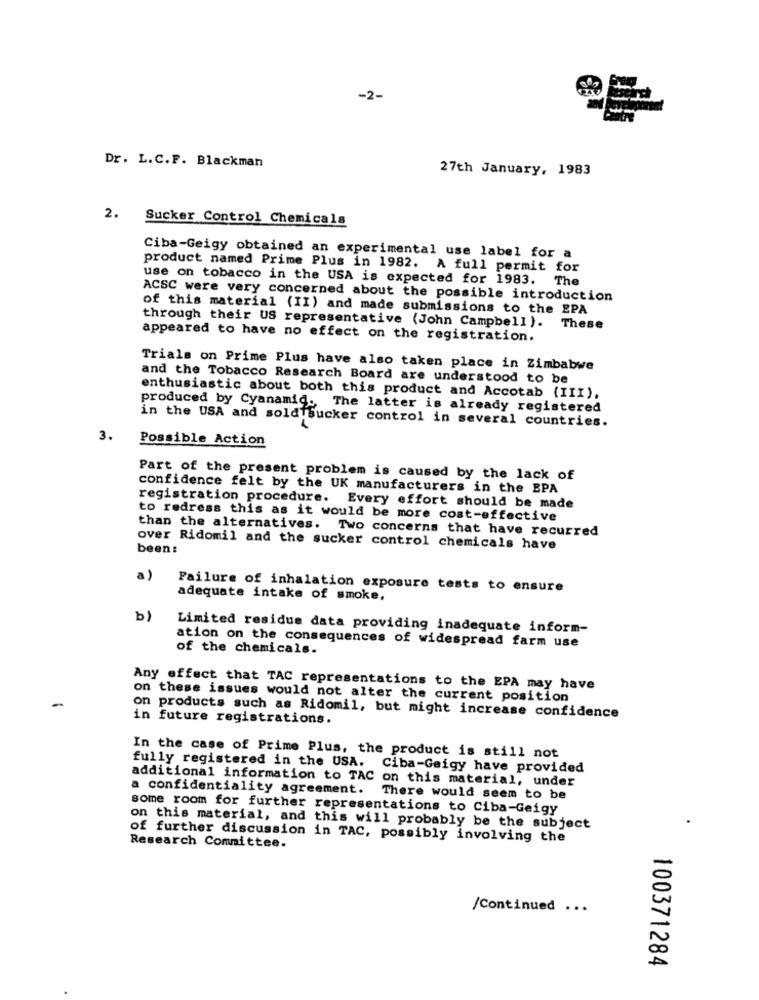
-2-
Dr. L.C.F. Blackman
27th January, 1983
2. Sucker Control Chemicals
Ciba-Geigy obtained an experimental use label for a
product named Prime Plus in 1982. A full permit for
use on tobacco in the USA is expected for 1983. The
ACSC were very concerned about the possible introduction
of this material (II) and made submissions to the EPA
through their US representative (John Campbell). These
appeared to have no effect on the registration.
Trials on Prime Plus have also taken place in Zimbabwe
and the Tobacco Research Board are understood to be
enthusiastic about both this product and Accotab (III).
produced by Cyanamid ., The latter is already registered
in the USA and sold sucker control in several countries.
3.
Possible Action
Part of the present problem is caused by the lack of
confidence felt by the UK manufacturers in the BPA
registration procedure. Every effort should be made
to redress this as it would be more cost-effective
than the alternatives. Two concerns that have recurred
been:
over Ridomil and the sucker control chemicals have
a )
Failure of inhalation exposure tests to ensure
adequate intake of smoke.
b)
Limited residue data providing inadequate inform-
ation on the consequences of widespread farm use
of the chemicals.
Any effect that TAC representations to the EPA may have
-
on these issues would not alter the current position
on products such as Ridomil, but might increase confidence
in future registrations.
In the case of Prime Plus, the product is still not
fully registered in the USA. Ciba-Geigy have provided
additional information to TAC on this material, under
a confidentiality agreement. There would seem to be
some room for further representations to Ciba-Geigy
on this material, and this will probably be the subject
of further discussion in TAC, possibly involving the
Research Committee.
/Continued ...
100371284